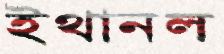
ইথানল